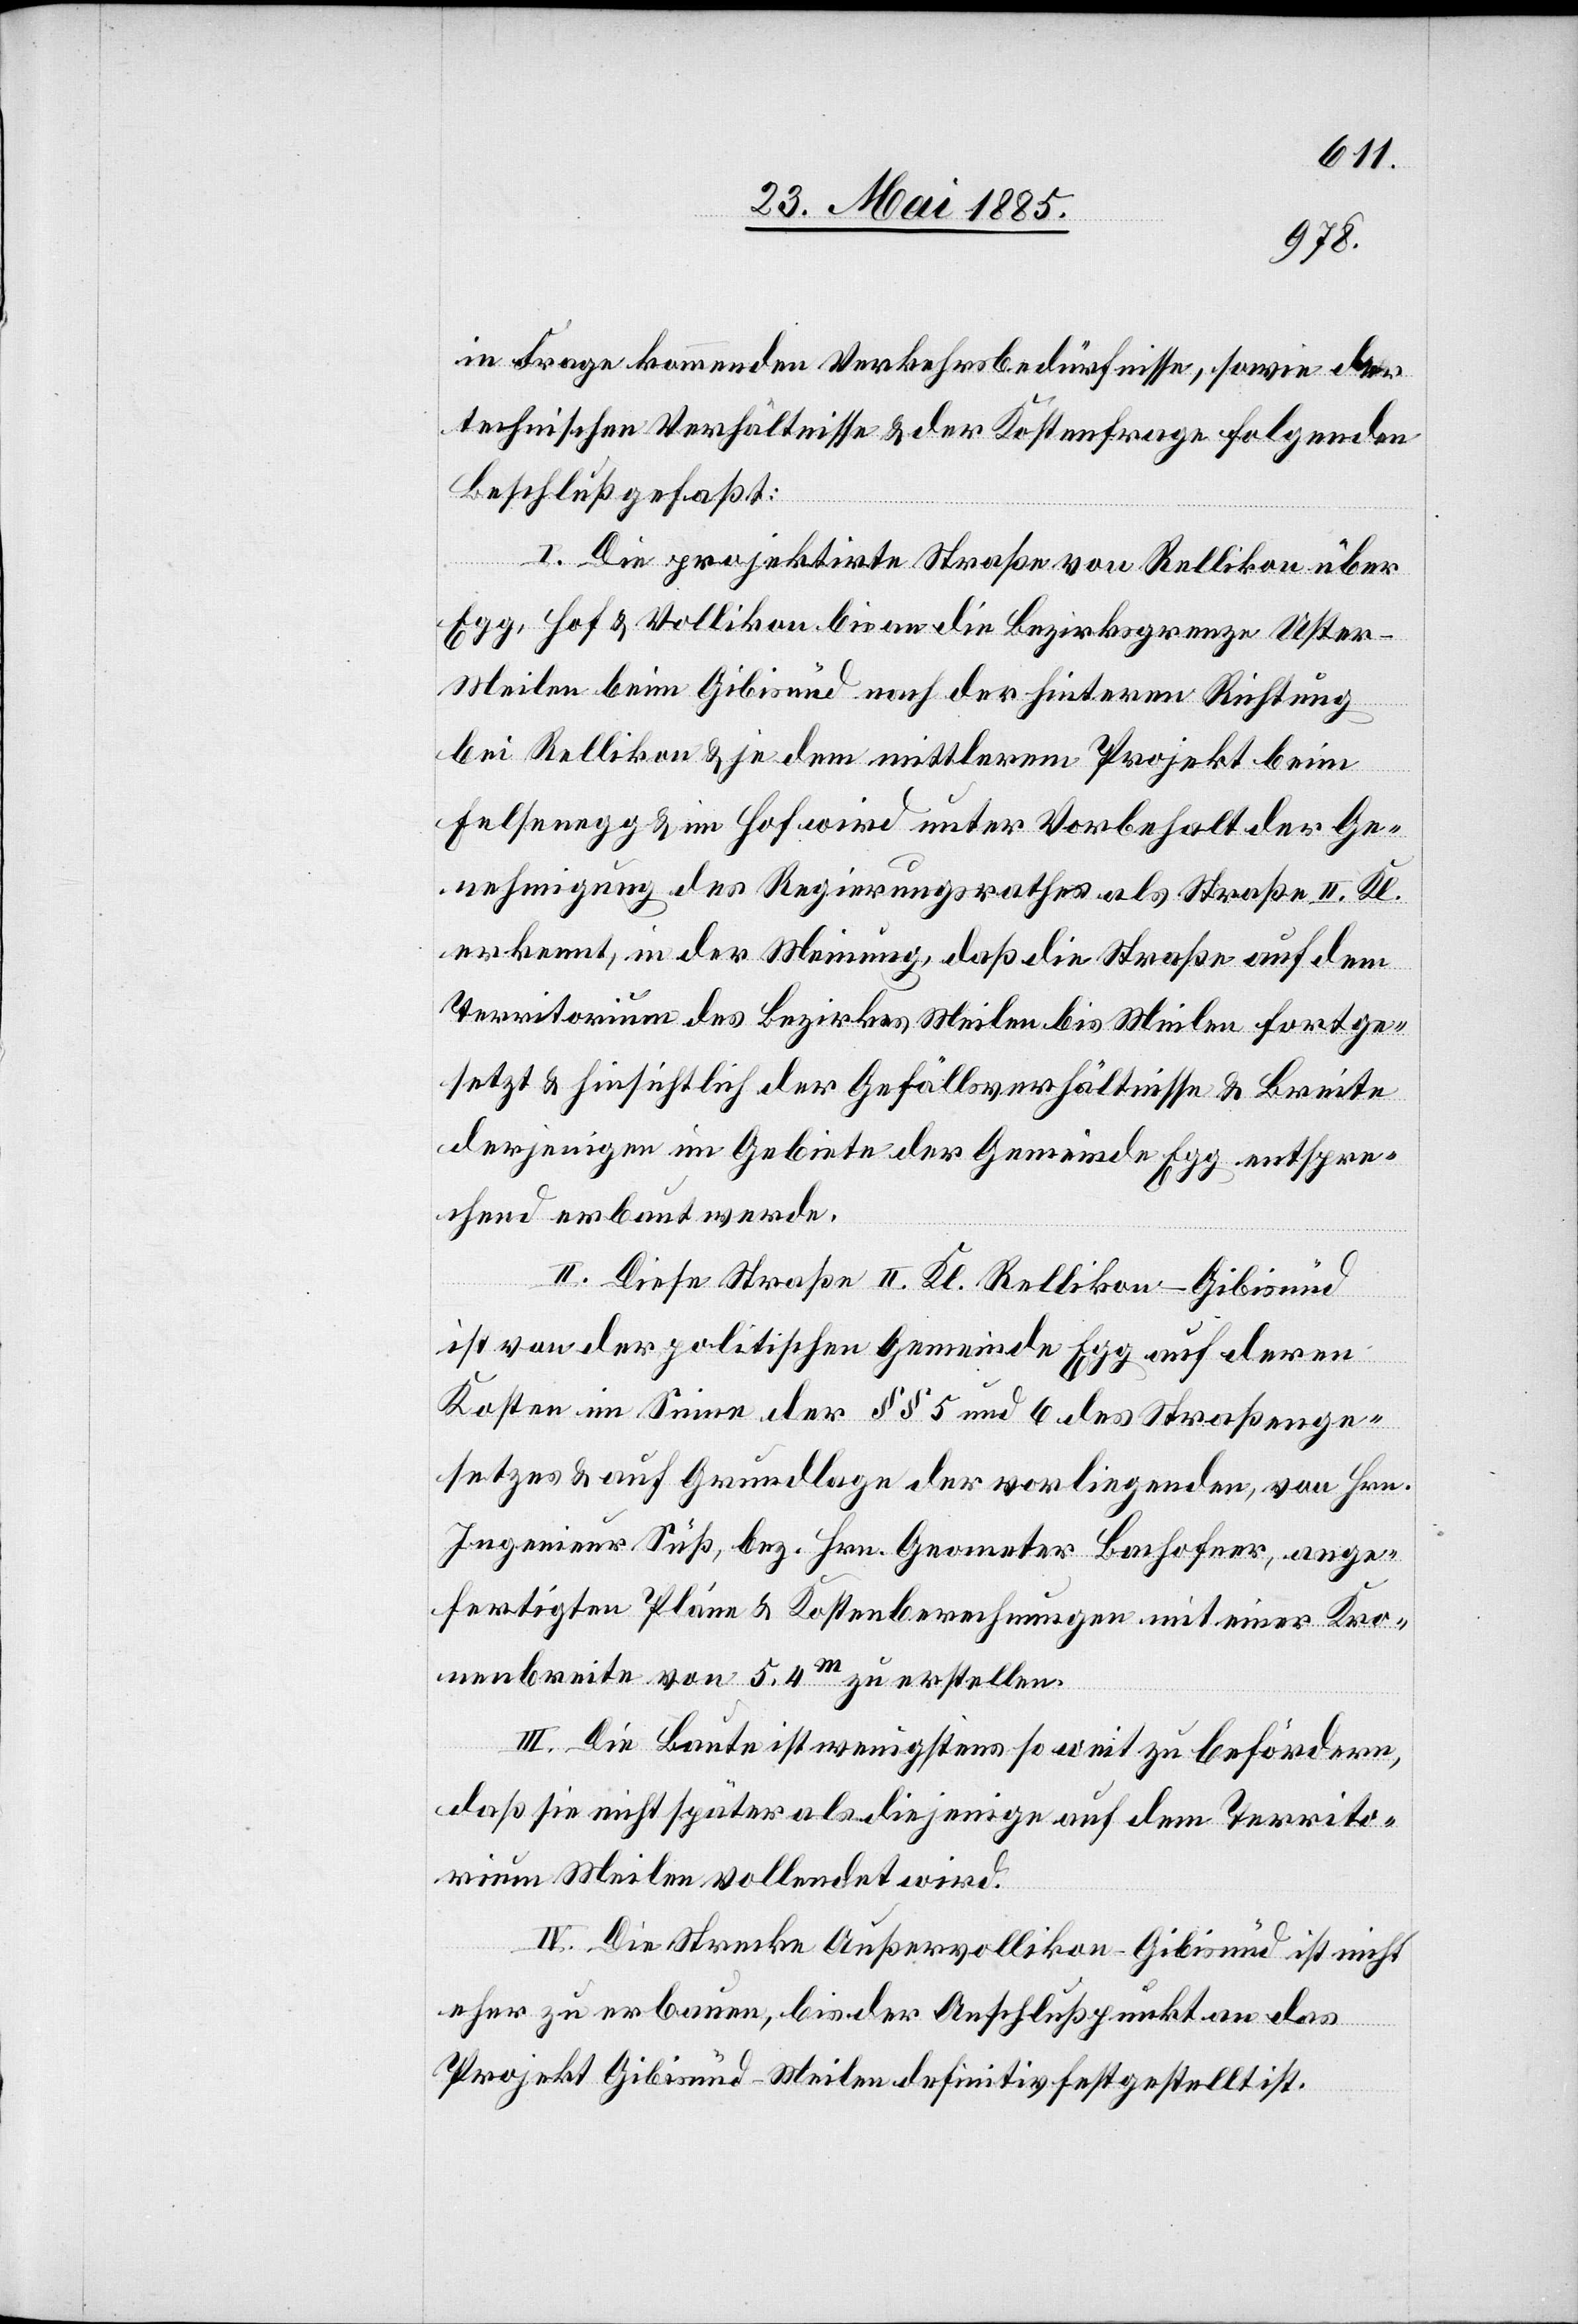
in Frage kommenden Verkehrsbedürfnisse, sowie der
technischen Verhältnisse & der Kostenfrage folgenden
Beschluß gefaßt:
I. Die projektirte Straße von Rellikon über
Egg, Hof & Vollikon bis an die Bezirksgrenze Uster–M¬
eilen beim Gibisnüd [sic!] nach der hinteren Richtung
bei Rellikon & je dem mittlerem [sic!] Projekt beim
Felsenegg & im Hof wird unter Vorbehalt der Ge¬
nehmigung des Regierungsrathes als Straße II. Kl.
erkannt, in der Meinung, daß die Straße auf dem
Territorium des Bezirkes Meilen bis Meilen fortge¬
setzt & hinsichtlich der Gefällsverhältnisse & Breite
derjenigen im Gebiete der Gemeinde Egg entspre¬
chend erbaut werde.
II. Diese Straße II. Kl. Rellikon–Gibisnüd
ist von der politischen Gemeinde Egg auf deren
Kosten im Sinne der §§ 5 und 6 des Straßenge¬
setzes & auf Grundlage der vorliegenden, von Hrn.
Ingenieur Süß, bez. Hrn. Geometer Bachofner, ange¬
fertigten Pläne & Kostenberechnungen mit einer Kro¬
nenbreite von 5.4 m zu erstellen.
III. Die Baute ist wenigstens so weit zu befördern
daß sie nicht später als diejenige auf dem Territo¬
rium Meilen vollendet wird.
IV. Die Strecke Außervollikon–Gibisnüd ist nicht
eher zu erbauen, bis der Anschlußpunkt an das
Projekt Gibisnüd–Meilen definitiv festgestellt ist.